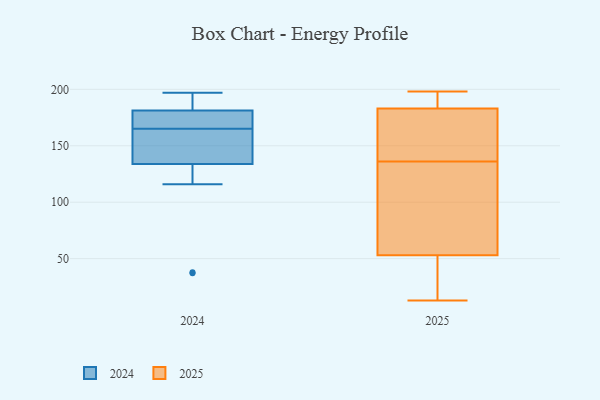
{"axis": {"x": "Shipments", "y": "Value"}, "legend": ["2024", "2025"], "data": [{"x": "", "y": 149, "type": "2024"}, {"x": "", "y": 190, "type": "2024"}, {"x": "", "y": 116, "type": "2024"}, {"x": "", "y": 197, "type": "2024"}, {"x": "", "y": 131, "type": "2024"}, {"x": "", "y": 148, "type": "2024"}, {"x": "", "y": 37, "type": "2024"}, {"x": "", "y": 165, "type": "2024"}, {"x": "", "y": 167, "type": "2024"}, {"x": "", "y": 183, "type": "2024"}, {"x": "", "y": 170, "type": "2024"}, {"x": "", "y": 142, "type": "2024"}, {"x": "", "y": 195, "type": "2024"}, {"x": "", "y": 38, "type": "2024"}, {"x": "", "y": 176, "type": "2024"}, {"x": "", "y": 171, "type": "2025"}, {"x": "", "y": 38, "type": "2025"}, {"x": "", "y": 85, "type": "2025"}, {"x": "", "y": 96, "type": "2025"}, {"x": "", "y": 198, "type": "2025"}, {"x": "", "y": 185, "type": "2025"}, {"x": "", "y": 80, "type": "2025"}, {"x": "", "y": 13, "type": "2025"}, {"x": "", "y": 177, "type": "2025"}, {"x": "", "y": 136, "type": "2025"}, {"x": "", "y": 160, "type": "2025"}, {"x": "", "y": 196, "type": "2025"}, {"x": "", "y": 44, "type": "2025"}, {"x": "", "y": 14, "type": "2025"}, {"x": "", "y": 197, "type": "2025"}]}